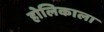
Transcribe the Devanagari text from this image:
होलिकाला